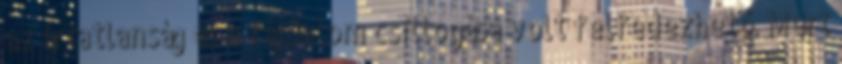
az ártatlanság és a fájdalom csillogása volt felfedezhető. Mert